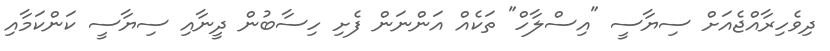
ދިވެހިރާއްޖެއަށް ސިޔާސީ "އިސްލާހް" ތަކެއް އަންނަން ފެށި ހިސާބުން ދީނާއި ސިޔާސީ ކަންކަމާއި